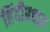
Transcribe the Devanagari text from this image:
हिंदीप्रचार